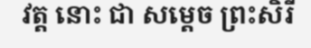
វត្ត នោះ ជា សម្តេច ព្រះសិរី